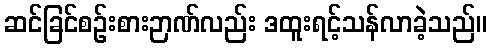
ဆင်ခြင်စဉ်းစားဉာဏ်လည်း ဒထူးရင့်သန်လာခဲ့သည်။